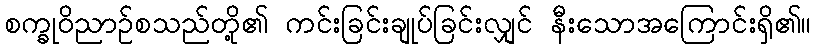
စက္ခုဝိညာဉ်စသည်တို့၏ ကင်းခြင်းချုပ်ခြင်းလျှင် နီးသောအကြောင်းရှိ၏။